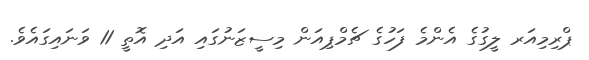
ޕްރިމިއަރ ލީގުގެ އެންމެ ފަހުގެ ޗެމްޕިއަން މިސީޒަނުގައި އަދި އޮތީ 11 ވަނައިގައެވެ.